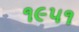
૧૯૫૧